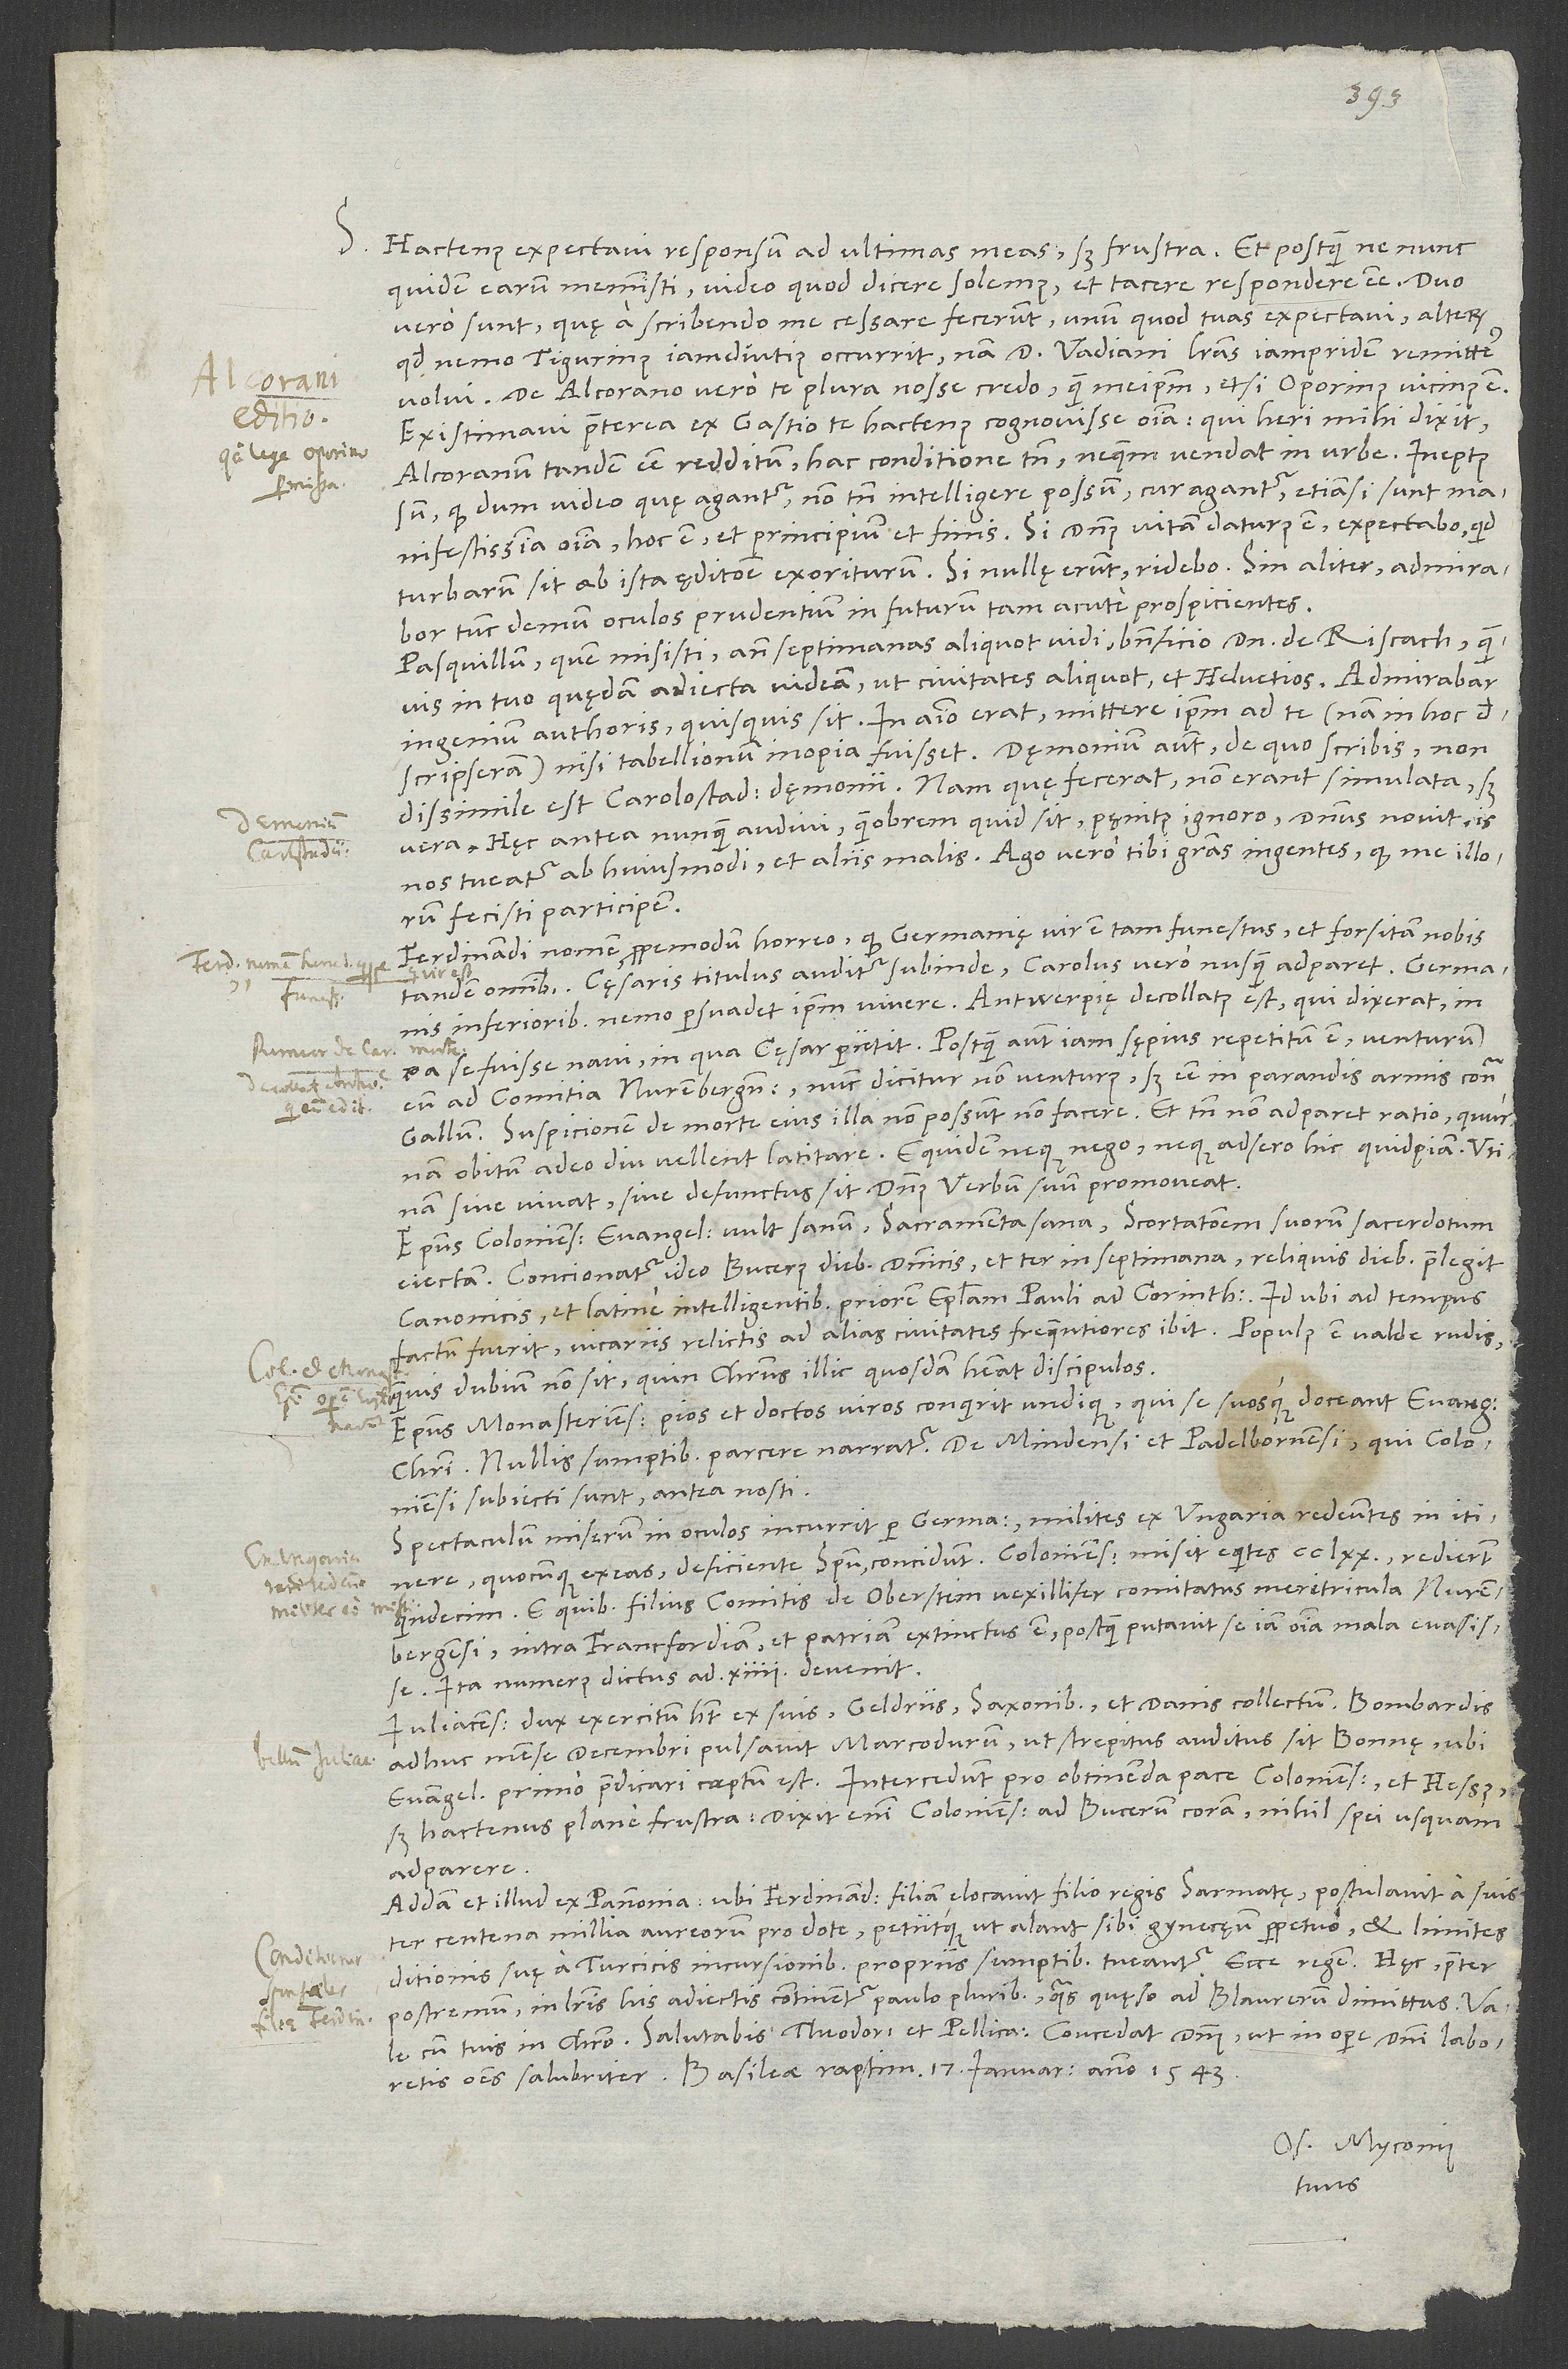
1543.
S. Hactenus expectavi responsum ad ultimas meas, sed frustra. Et postquam ne nunc
quidem earum meministi, video, quod dicere solemus, et tacere respondere esse. Duo
vero sunt, quę a scribendo me cessare fecerunt: Unum, quod tuas expectavi, alterum,
quod nemo Tigurinus iamdiutius occurrit; nam d. Vadiani literas iampridem remittere
De Alcorano vero te plura nosse credo quam meipsum, etsi Oporinus vicinus est.
Existimavi praeterea ex Gastio te hactenus cognovisse omnia, qui heri mihi dixit
Alcoranum tandem esse redditum, hac conditione tamen, ne quem vendat in urbe. Ineptus
sum, quod, dum video, quę agantur, non tamen intelligere possum, cur agantur, etiamsi sunt
manifestissima omnia, hoc est, et principium et finis. Si dominus vitam daturus est, expectabo, quid
turbarum sit ab ista ęditione exoriturum. Si nullę erunt, ridebo. Sin aliter, admirabor
tunc demum oculos prudentium in futurum tam acute prospicientes.
Pasquillum, quem misisti, ante septimanas aliquot vidi beneficio domini de Rischach, quamvis
in tuo quędam adiecta videam, ut civitates aliquot et Helvetios. Admirabar
ingenium authoris, quisquis sit. In animo erat mittere ipsum ad te (nam in hoc
dissimile est Carolostad dęmonii; nam quę fecerat, non erant simulata, sed
Dęmonium
vera. Hęc antea nunquam audivi, quamobrem, quid sit, penitus ignoro. Dominus novit; is
nos tueatur ab huiusmodi et aliis malis. Ago vero tibi gratias ingentes, quod me illorum
fecisti participem.
Ferdinandi nomen propemodum horreo, quod Germanię vir est tam infestus et forsitan nobis
tandem omnibus. Cęsaris titulus auditur subinde, Carolus vero nusquam adparet. Germanis
17.
Inferioribus nemo persuadet ipsum vivere. Antwerpię decollatus est, qui dixerat in
ea se fuisse navi, in qua cęsar perierit. Postquam autem iam sępius repetitum est venturum
eum ad comitia Nurenbergensia, nunc dicitur non venturus, sed esse in parandis armis contra
Gallum. Suspicionem de morte illa non possunt non facere, et tamen non adparet ratio, quurnam
obitum adeo diu vellent latitare. Equidem neque nego neque adsero hic quidpiam. Utinam,
sive vivat sive defunctus sit, dominus verbum suum promoveat.
Episcopus Coloniensis evangelium vult sanum, sacramenta sana, scortationem suorum sacerdotum
eiectam. Concionatur ideo Bucerus diebus dominicis et ter in septimana, reliquis diebus praelegit
canonicis et Latine intelligentibus priorem epistolam Pauli ad Corinthios. Id ubi ad tempus
factum fuerit, vicariis relictis ad alias civitates frequentiores ibit. Populus est valde rudis,
dubium non sit, quin Christus illic quosdam habeat discipulos.
Episcopus Monasteriensis pios et doctos viros conquirit undique, qui se suosque doceant evangelium
Christi. Nullis sumptibus parcere narratur. De Mindensi et Padelbornensi, qui Coloniensi
subiecti sunt, antea nosti.
Spectaculum miserum in oculos incurrit per Germaniam: Milites ex Ungaria redeuntes in itinere,
quindecim. E quibus filius comitis de Oberstein, vexillifer, comitatus meretricula Nurenbergensi
intra Francfordiam et patriam extinctus est, postquam putavit se iam omnia mala evasisse.
Ita numerus dictus ad 14 devenit.
Iuliacensis dux exercitum habet ex suis, Geldriis, Saxonibus et Danis collectum. Bombardis
adhuc mense decembri pulsavit Marcodurum, ut strepitus auditus sit Bonnę, ubi
sed hactenus plane frustra; dixit enim Coloniensis ad Bucerum coram nihil spei usquam
adparere.
Addam et illud ex Pannonia: Ubi Ferdinandus filiam elocavit filio regis Sarmatę, postulavit a suis
centena millia aureorum pro dote petiitque, ut alant sibi gynecęum perpetuo et limites
ditionis suę a Turcicis incursionibus propriis sumptibus tueantur. Ecce regem.
postremum, in literis his adiectis continentur paulo pluribus, quas, quęso, ad Blaurerum dimittas.
cum tuis in Christo. Salutabis Theodorum et Pellicanum. Concedat dominus, ut in opere domini laboretis
Os. Myconius
tuus.